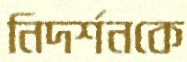
নিদর্শনকে